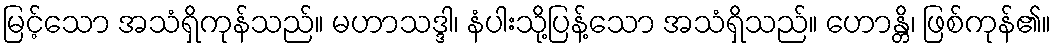
မြင့်သော အသံရှိကုန်သည်။ မဟာသဒ္ဒါ၊ နံပါးသို့ပြန့်သော အသံရှိသည်။ ဟောန္တိ၊ ဖြစ်ကုန်၏။